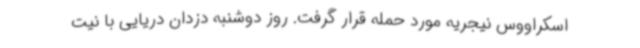
اسکراووس نیجریه مورد حمله قرار گرفت. روز دوشنبه دزدان دریایی با نیت